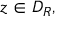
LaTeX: z \in D _ { R } ,